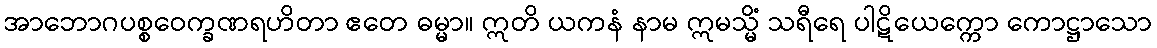
အာဘောဂပစ္စဝေက္ခဏရဟိတာ ဧတေ ဓမ္မာ။ ဣတိ ယကနံ နာမ ဣမသ္မိံ သရီရေ ပါဋိယေက္ကော ကောဋ္ဌာသော